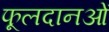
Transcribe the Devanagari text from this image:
फूलदानओं